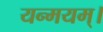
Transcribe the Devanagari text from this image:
यन्मयम्।